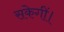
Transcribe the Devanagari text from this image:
सकेगीं।